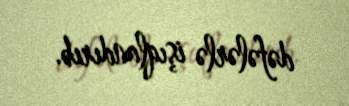
dəfələrlə işıqlandırıb.